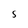
Character: s